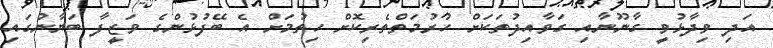
އަދި ވިދާޅުވީ ގާނޫނާއި ގަވާއިދުތަކަށް ހުރުމަތްތެރިކޮށް ހިތުމަށް އެ ބޭފުޅުންގެ ވަޒީފާ ބަޔާނުގައި